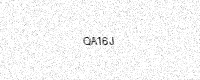
Text: QA16J